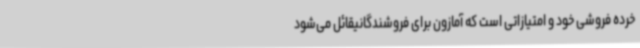
خرده فروشی خود و امتیازاتی است که آمازون برای فروشندگانیقائل می‌شود